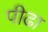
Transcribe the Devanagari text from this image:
पीढा